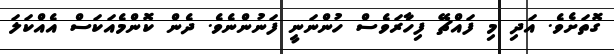
ގޮތަށެވެ. އަދި މި ފައްޗޭ ފިހާރަވެސް ހުންނަނީ ފަނުންނެވެ. ދެން ކޮންމެއަކަސް އެއްކަލަ